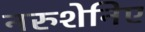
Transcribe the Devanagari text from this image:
नरुशेनिए